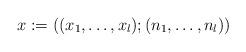
LaTeX: \begin{align*}x:=((x_1,\dots,x_l);(n_1,\dots,n_l))\end{align*}